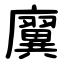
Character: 㢞